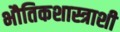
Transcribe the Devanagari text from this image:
भौतिकशास्त्राशी